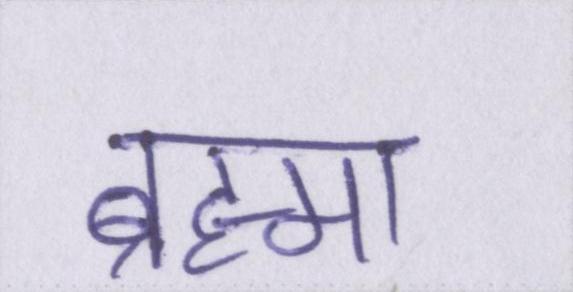
ब्रह्मा